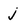
Character: j